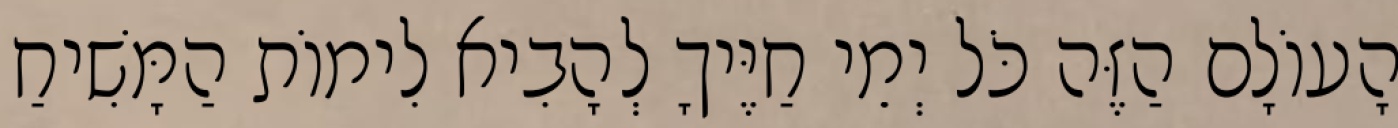
הָעוֹלָם הַזֶּה כֹּל יְמֵי חַיֶּיךָ לְהָבִיא לִימוֹת הַמָּשִׁיחַ